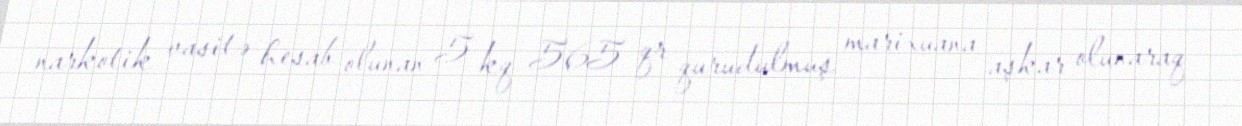
narkotik vasitə hesab olunan 5 kq 565 qr qurudulmuş marixuana aşkar olunaraq